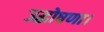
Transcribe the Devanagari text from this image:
उद्घोषणा।